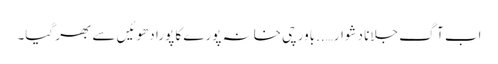
اب آگ جلانا دشوار…..باورچی خانہ پورے کا پورا دھوئیں سے بھر گیا۔